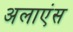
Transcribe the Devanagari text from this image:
अलाएंस